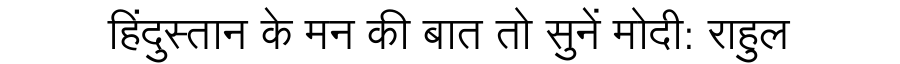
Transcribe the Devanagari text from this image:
हिंदुस्तान के मन की बात तो सुनें मोदी: राहुल